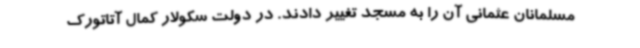
مسلمانان عثمانی آن را به مسجد تغییر دادند. در دولت سکولار کمال آتاتورک